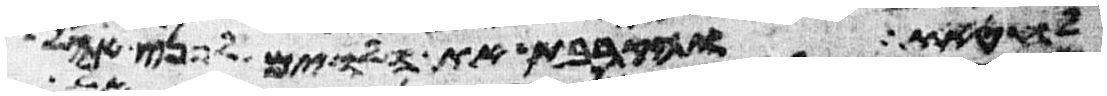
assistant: לחטאת והקרבת את הלוים לפני אהל